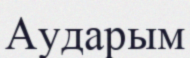
Аударым